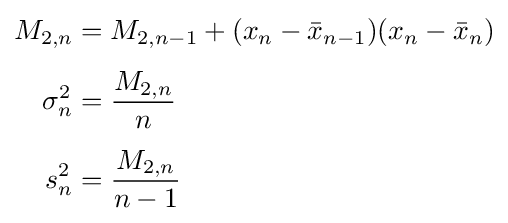
{\begin{aligned}M_{2,n}&=M_{2,n-1}+(x_{n}-{\bar {x}}_{n-1})(x_{n}-{\bar {x}}_{n})\\[4pt]\sigma _{n}^{2}&={\frac {M_{2,n}}{n}}\\[4pt]s_{n}^{2}&={\frac {M_{2,n}}{n-1}}\end{aligned}}